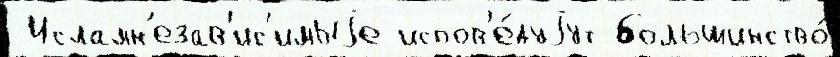
 Исламн'езав'ис'имыjе испов'е́дуjут большинство́